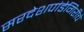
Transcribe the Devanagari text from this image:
सरदेशपांडेगिरीचे